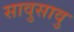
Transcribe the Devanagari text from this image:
सावुसावु